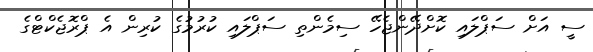
ސީ އަށް ސަޕްލައި ކޮށްދޭންޖެހޭ ސިމެންތި ސަޕްލައި ކުރުމުގެ ކުރިން އެ ޕްރޮޖެކްޓްގެ